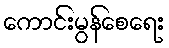
ကောင်းမွန်စေရေး